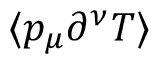
\langle p _ { \mu } \partial ^ { \nu } T \rangle